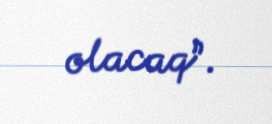
olacaq”.